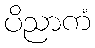
ပိညာကံ